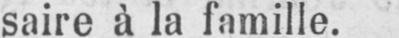
saire à la famille.